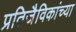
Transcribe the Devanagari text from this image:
प्रतिजैविकांच्या